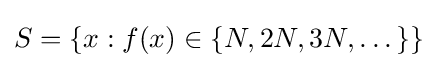
{\textstyle S=\{x:f(x)\in \{N,2N,3N,\dots \}\}}